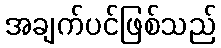
အချက်ပင်ဖြစ်သည်